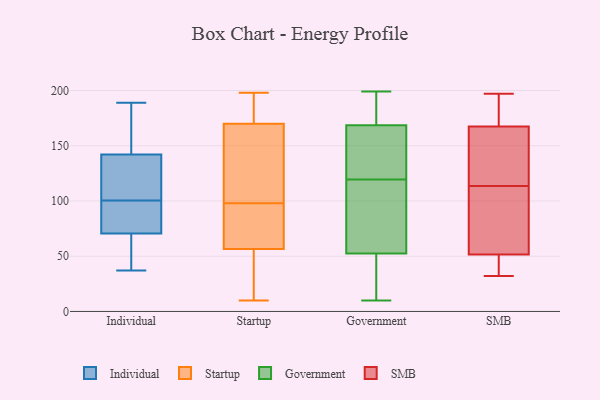
{"axis": {"x": "Tickets Resolved", "y": "Value"}, "legend": ["Government", "Individual", "SMB", "Startup"], "data": [{"x": "", "y": 73, "type": "Individual"}, {"x": "", "y": 41, "type": "Individual"}, {"x": "", "y": 84, "type": "Individual"}, {"x": "", "y": 89, "type": "Individual"}, {"x": "", "y": 98, "type": "Individual"}, {"x": "", "y": 37, "type": "Individual"}, {"x": "", "y": 155, "type": "Individual"}, {"x": "", "y": 68, "type": "Individual"}, {"x": "", "y": 189, "type": "Individual"}, {"x": "", "y": 181, "type": "Individual"}, {"x": "", "y": 123, "type": "Individual"}, {"x": "", "y": 160, "type": "Individual"}, {"x": "", "y": 56, "type": "Individual"}, {"x": "", "y": 107, "type": "Individual"}, {"x": "", "y": 129, "type": "Individual"}, {"x": "", "y": 103, "type": "Individual"}, {"x": "", "y": 124, "type": "Startup"}, {"x": "", "y": 113, "type": "Startup"}, {"x": "", "y": 70, "type": "Startup"}, {"x": "", "y": 59, "type": "Startup"}, {"x": "", "y": 167, "type": "Startup"}, {"x": "", "y": 198, "type": "Startup"}, {"x": "", "y": 192, "type": "Startup"}, {"x": "", "y": 83, "type": "Startup"}, {"x": "", "y": 14, "type": "Startup"}, {"x": "", "y": 10, "type": "Startup"}, {"x": "", "y": 54, "type": "Startup"}, {"x": "", "y": 173, "type": "Startup"}, {"x": "", "y": 62, "type": "Government"}, {"x": "", "y": 161, "type": "Government"}, {"x": "", "y": 179, "type": "Government"}, {"x": "", "y": 131, "type": "Government"}, {"x": "", "y": 109, "type": "Government"}, {"x": "", "y": 159, "type": "Government"}, {"x": "", "y": 180, "type": "Government"}, {"x": "", "y": 37, "type": "Government"}, {"x": "", "y": 10, "type": "Government"}, {"x": "", "y": 100, "type": "Government"}, {"x": "", "y": 130, "type": "Government"}, {"x": "", "y": 107, "type": "Government"}, {"x": "", "y": 183, "type": "Government"}, {"x": "", "y": 40, "type": "Government"}, {"x": "", "y": 199, "type": "Government"}, {"x": "", "y": 34, "type": "Government"}, {"x": "", "y": 176, "type": "Government"}, {"x": "", "y": 153, "type": "Government"}, {"x": "", "y": 54, "type": "Government"}, {"x": "", "y": 51, "type": "Government"}, {"x": "", "y": 54, "type": "SMB"}, {"x": "", "y": 54, "type": "SMB"}, {"x": "", "y": 34, "type": "SMB"}, {"x": "", "y": 170, "type": "SMB"}, {"x": "", "y": 121, "type": "SMB"}, {"x": "", "y": 32, "type": "SMB"}, {"x": "", "y": 183, "type": "SMB"}, {"x": "", "y": 165, "type": "SMB"}, {"x": "", "y": 150, "type": "SMB"}, {"x": "", "y": 197, "type": "SMB"}, {"x": "", "y": 106, "type": "SMB"}, {"x": "", "y": 49, "type": "SMB"}]}